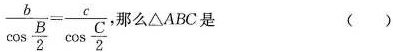
\frac { b } { \cos \frac { B } { 2 } } = \frac { c } { \cos \frac { C } { 2 } }$$ ,那么△ABC 是 ( )